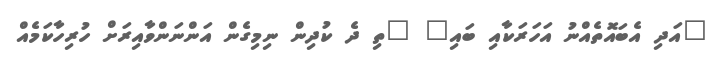
"އަދި އެބައޮތެއްނު އަހަރަކާއި ބައި" "ތި ދެ ކުދިން ނިމިގެން އަންނަންވާއިރަށް ހުރިހާކަމެއް